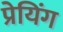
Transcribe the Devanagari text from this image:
प्रेयिंग